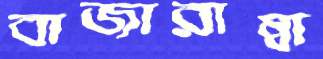
বাজারাম্বা